Report on the bubonic plague in Bombay, 1896-1897
Year: 1896
Disease focus: Plague
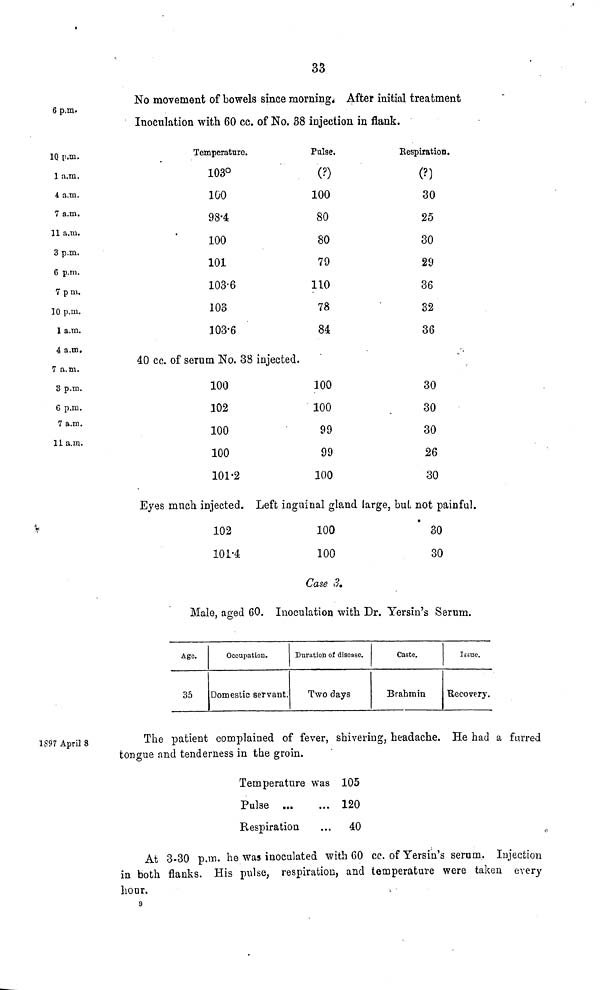
33
No movement of bowels since morning. After initial treatment
6 p.m.
10 p.m.
1 a.m.
4 a.m.
7 a.m.
11 a.m.
3 p.m.
6 p.m.
7 pm.
10 p.m.
1 a.m.
4 a.m.
7 a.m.
S p.m.
6 p.m.
7 a.m.
11 a.m.
Inoculation with 60 cc. of No. 38 injection in flank.
Temperature.
103°1
00
98-4
100
Pulse.
(?)
100
80
80
Respiration.
(?)
30
25
30
101
103.6
103
103.6
79
110
78
84
40 cc. of serum No. 38 injected.
100
102
100
100
101.2
100
100
99
99
100
29
36
32
36
30
30
30
26
30
Eyes ranch injected. Left inguinal gland large, but, not painful.
102
101.4
100
100
30
30
Case 3.
Male, aged 60. Inoculation with Dr. Yersin's Serum.
Age.
35
Occupation.
Domestic servant;
Duration of disease.
Two days
Caste.
Brahmin
Issue.
Recovery.
1897 April 8
The patient complained of fever, shivering, headache. He had a furred
tongue and tenderness in the groin.
Temperature was
Pulse ...
Respiration
...
...
105
120
40
At 3-30 p.m. he was inoculated with 60 cc. of Yersin's serum. Injection
in both flanks. His pulse, respiration, and temperature were taken every
hour.
9